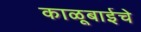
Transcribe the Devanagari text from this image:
काळूबाईचे